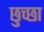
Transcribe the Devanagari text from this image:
छुच्छा